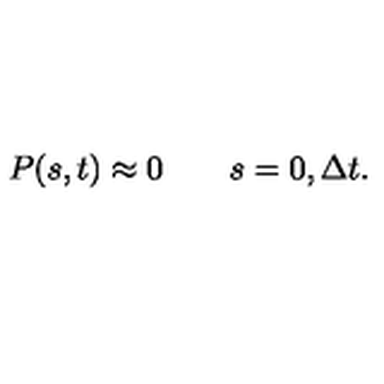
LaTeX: P ( s , t ) \approx 0 \qquad s = 0 , { \Delta t } .